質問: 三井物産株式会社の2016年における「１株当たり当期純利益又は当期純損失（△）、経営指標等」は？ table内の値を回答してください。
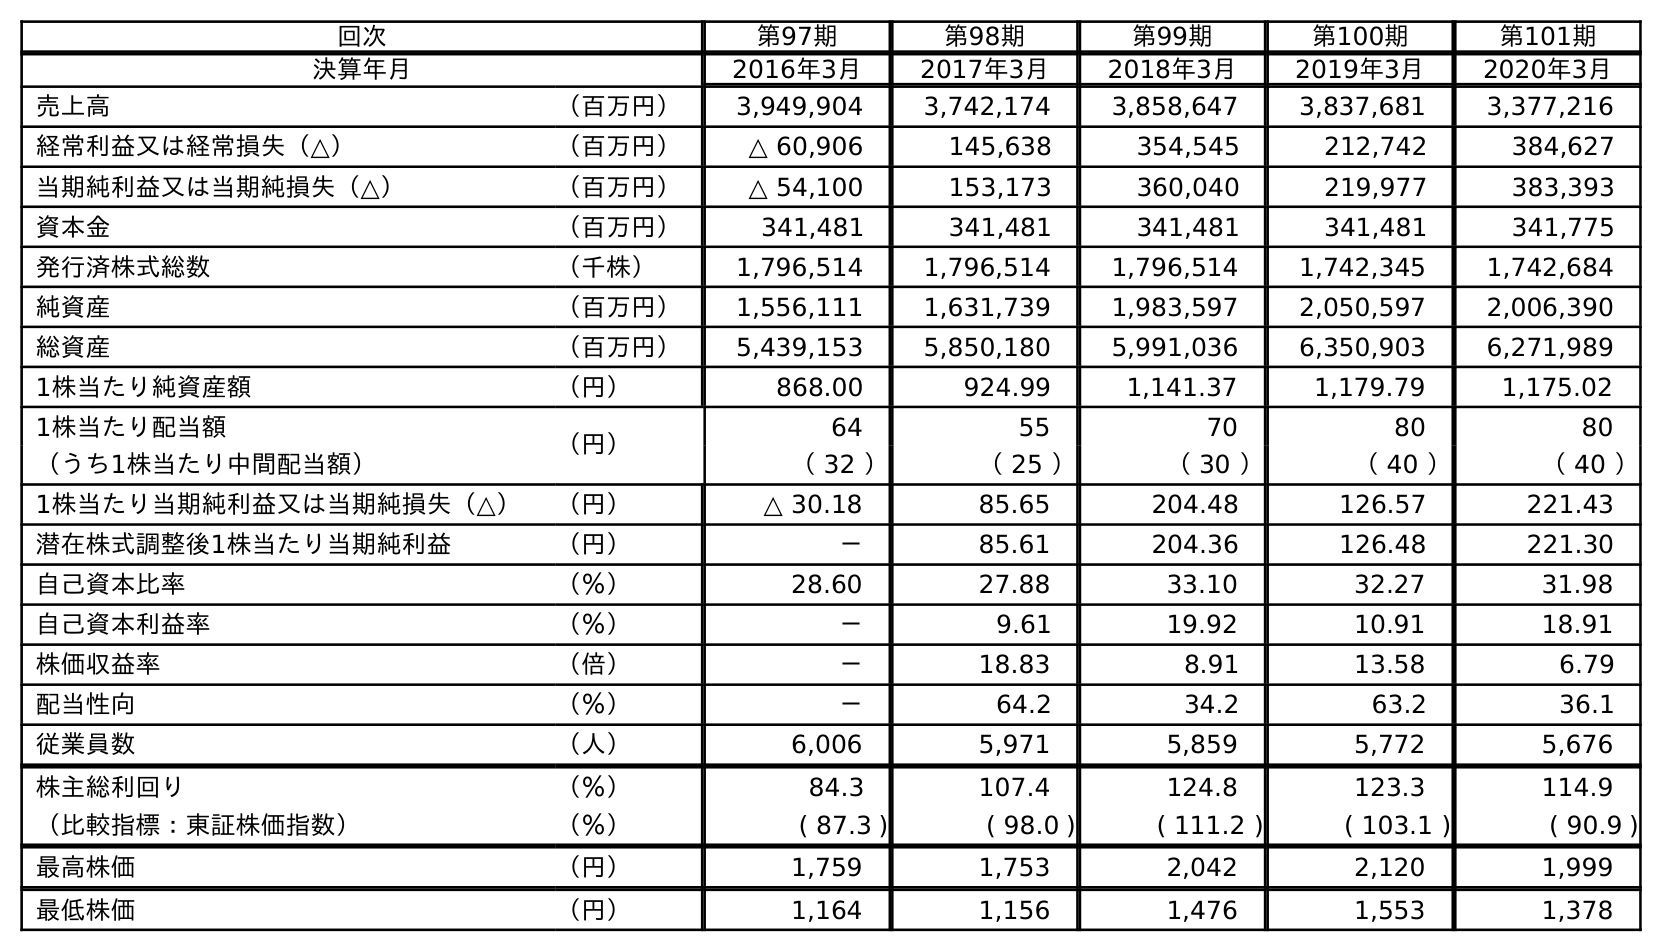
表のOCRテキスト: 回次 第97期 第98期 第99期 第100期 第101期 決算年月 2016年3月 2017年3月 2018年3月 2019年3月 2020年3月 売上高 （百万円） 3,949,904 3,742,174 3,858,647 3,837,681 3,377,216 経常利益又は経常損失（△） （百万円） △ 60,906 145,638 354,545 212,742 384,627 当期純利益又は当期純損失（△） （百万円） △ 54,100 153,173 360,040 219,977 383,393 資本金 （百万円） 341,481 341,481 341,481 341,481 341,775 発行済株式総数 （千株） 1,796,514 1,796,514 1,796,514 1,742,345 1,742,684 純資産 （百万円） 1,556,111 1,631,739 1,983,597 2,050,597 2,006,390 総資産 （百万円） 5,439,153 5,850,180 5,991,036 6,350,903 6,271,989 1株当たり純資産額 （円） 868.00 924.99 1,141.37 1,179.79 1,175.02 1株当たり配当額 （円） 64 55 70 80 80 （うち1株当たり中間配当額） （ 32 ） （ 25 ） （ 30 ） （ 40 ） （ 40 ） 1株当たり当期純利益又は当期純損失（△） （円） △ 30.18 85.65 204.48 126.57 221.43 潜在株式調整後1株当たり当期純利益 （円） － 85.61 204.36 126.48 221.30 自己資本比率 （％） 28.60 27.88 33.10 32.27 31.98 自己資本利益率 （％） － 9.61 19.92 10.91 18.91 株価収益率 （倍） － 18.83 8.91 13.58 6.79 配当性向 （％） － 64.2 34.2 63.2 36.1 従業員数 （人） 6,006 5,971 5,859 5,772 5,676 株主総利回り （％） 84.3 107.4 124.8 123.3 114.9 （比較指標：東証株価指数） （％） ( 87.3 ) ( 98.0 ) ( 111.2 ) ( 103.1 ) ( 90.9 ) 最高株価 （円） 1,759 1,753 2,042 2,120 1,999 最低株価 （円） 1,164 1,156 1,476 1,553 1,378
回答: △30.18